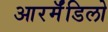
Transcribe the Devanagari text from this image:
आरर्मॅडिलो